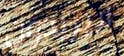
لايريدون